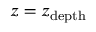
z = z _ { \mathrm { d e p t h } }